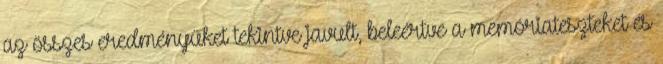
az összes eredményüket tekintve javult, beleértve a memóriateszteket és